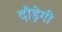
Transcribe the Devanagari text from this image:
दौड़ेगी